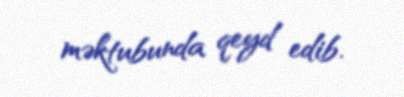
məktubunda qeyd edib.